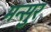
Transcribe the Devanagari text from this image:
मन्सुर